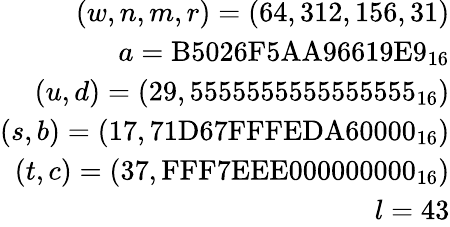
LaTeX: {\begin{array}{r}{(w,n,m,r)=(64,312,156,31)}\\ {a={\textrm{B5026F5AA96619E9}}_{16}}\\ {(u,d)=(29,{\textrm{5555555555555555}}_{16})}\\ {(s,b)=(17,{\textrm{71D67FFFEDA60000}}_{16})}\\ {(t,c)=(37,{\textrm{FFF7EEE000000000}}_{16})}\\ {l=43}\end{array}}